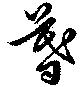
暮